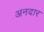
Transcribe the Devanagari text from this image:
अनदार